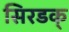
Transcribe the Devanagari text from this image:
सिरडक्